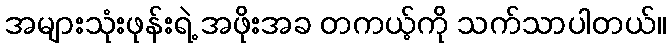
အများသုံးဖုန်းရဲ့ အဖိုးအခ တကယ့်ကို သက်သာပါတယ်။